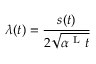
\lambda ( t ) = \frac { s ( t ) } { 2 \sqrt { \alpha ^ { \mathrm { ~ L ~ } } t } }